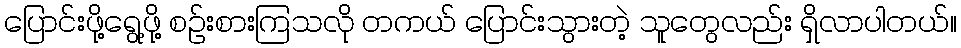
ပြောင်းဖို့ရွေ့ဖို့ စဉ်းစားကြသလို တကယ် ပြောင်းသွားတဲ့ သူတွေလည်း ရှိလာပါတယ်။